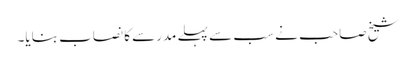
شیخ صاحب نے سب سے پہلے مدرسے کا نصاب بنایا۔